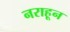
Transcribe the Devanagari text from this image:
नराहून